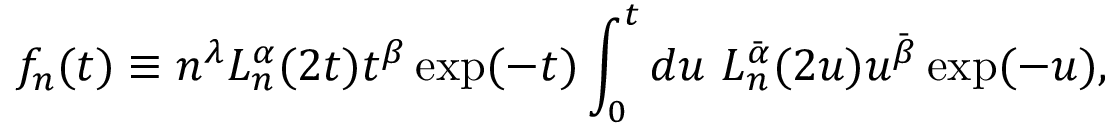
f _ { n } ( t ) \equiv n ^ { \lambda } L _ { n } ^ { \alpha } ( 2 t ) t ^ { \beta } \exp ( - t ) \int _ { 0 } ^ { t } d u \ L _ { n } ^ { \bar { \alpha } } ( 2 u ) u ^ { \bar { \beta } } \exp ( - u ) ,